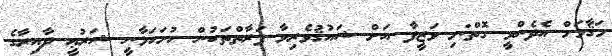
މަޤާމަށް އެދެންވީ ގޮތް:މި ވަޒީފާ އަށް ޝައުޤުވެރިވާ ފަރާތްތަކުން ހުށަހަޅާނީ ޝަރުޢީ ދާއިރާގެ